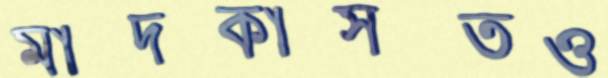
মাদকাসক্তও